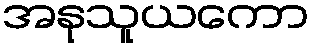
အနုသူယကော